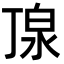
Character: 𪵿